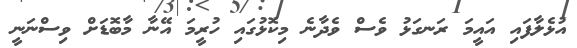
އުޅެލާފައި އައީމަ ރަނގަޅު ވެސް ވެދާނެ މިކޮޅުގައި ހުރީމަ އޭނާ މާބޮޑަށް ވިސްނަނީ